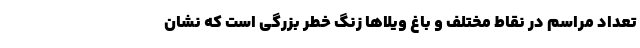
تعداد مراسم در نقاط مختلف و باغ ویلاها زنگ خطر بزرگی است که نشان